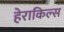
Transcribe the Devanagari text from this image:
हेराकिल्स